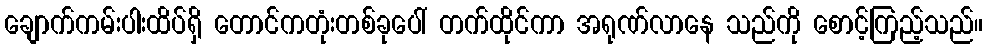
ချောက်ကမ်းပါးထိပ်ရှိ တောင်ကတုံးတစ်ခုပေါ် တက်ထိုင်ကာ အရုဏ်လာနေ သည်ကို စောင့်ကြည့်သည်။